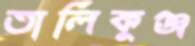
তালিকুঞ্জ